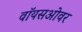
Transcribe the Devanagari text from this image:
वॉयसओवर